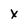
Character: X